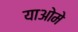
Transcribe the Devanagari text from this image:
याओमे